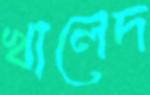
খালেদ